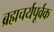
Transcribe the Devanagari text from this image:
ब्रह्मचर्यपूर्वक